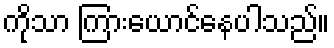
ကိုသာ ကြားယောင်နေပါသည်။